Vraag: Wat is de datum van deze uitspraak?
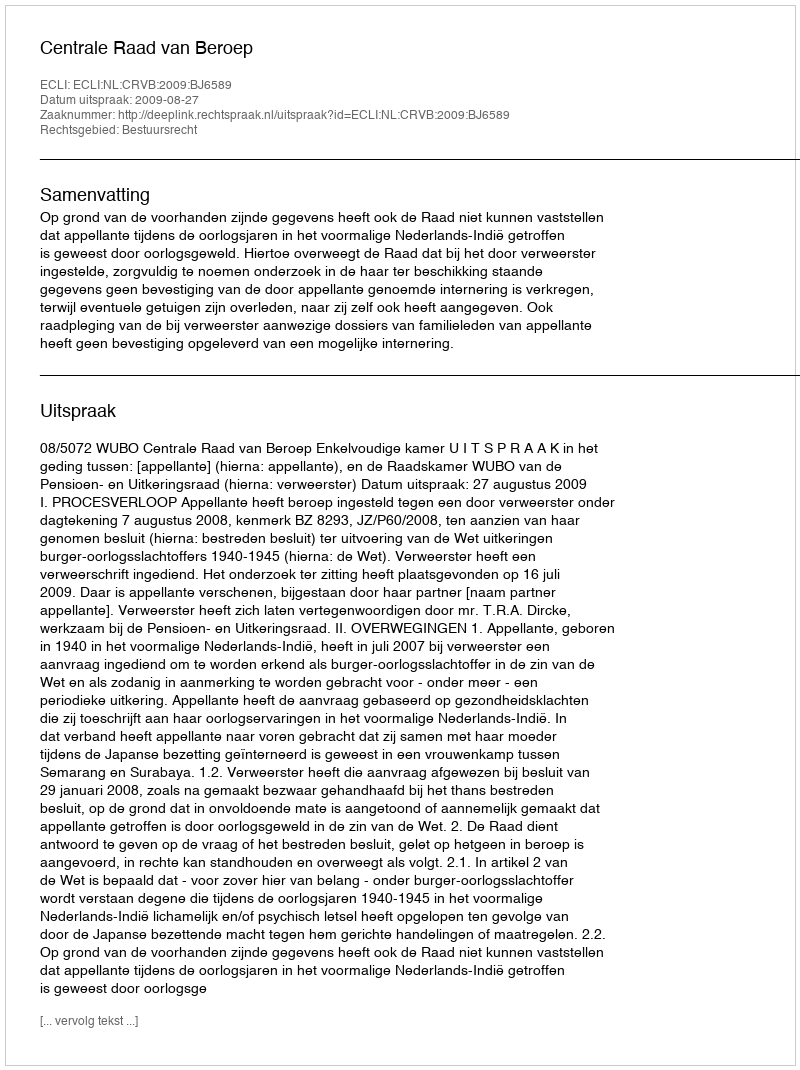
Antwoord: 2009-08-27